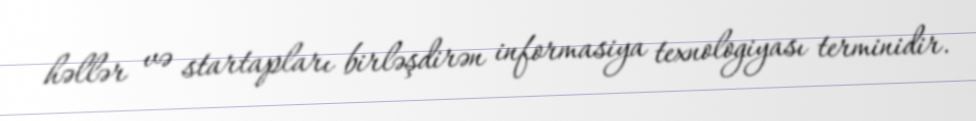
həllər və startapları birləşdirən informasiya texnologiyası terminidir.